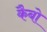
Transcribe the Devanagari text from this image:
कैबो